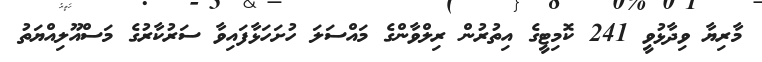
މާރިޔާ ވިދާޅުވީ 241 ކޮމިޓީގެ އިތުރުން ރިލްވާންގެ މައްސަލަ ހުށަހަޅާފައިވާ ސަރުކާރުގެ މަސްއޫލިއްޔަތު